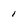
Character: 1